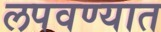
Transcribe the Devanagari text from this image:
लपवण्यात